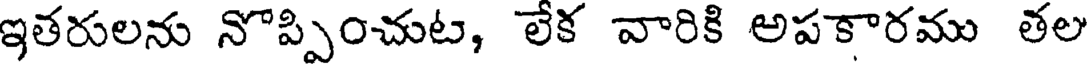
ఇతరులను నొప్పించుట, లేక వారికి అపకారము తల